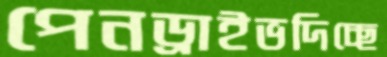
পেনড্রাইভদিচ্ছে